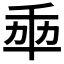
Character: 𠦚